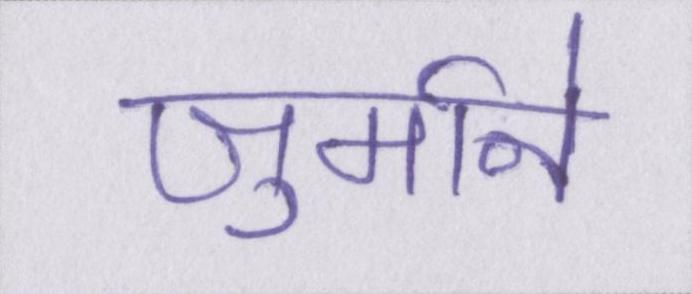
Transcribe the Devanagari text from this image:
जुर्माने